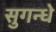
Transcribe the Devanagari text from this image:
सुगन्धे